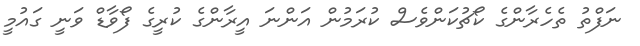
ނަފްތު ތެހެރާންގެ ކޯޗުކަންވެސް ކުރަމުން އަންނަ އީރާންގެ ކުރީގެ ފޯވާޑް ވަނީ ގައުމީ